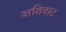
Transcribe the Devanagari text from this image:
अतिदाट